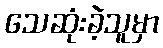
သေဆုံးခဲ့သူမှာ